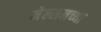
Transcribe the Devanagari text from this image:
नेल्सनच्या